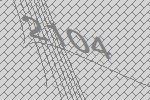
2104